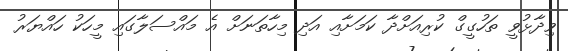
ވިދާޅުވީ ތަހުގީގް ކުރިއަށްދާ ކަމަށާއި އަދި މިހާތަނަށް އެ މައްސަލާގައި މީހަކު ހައްޔަރު